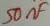
Text: 50nF